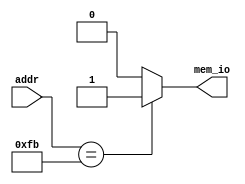
`timescale 1ps/1ps

module adec
(
  input  wire [7:0] addr,
  output reg        mem_io
);

  always @(*) begin
    if (addr == 8'hfb) begin
      mem_io = 1'b1;
    end else begin
      mem_io = 1'b0;
    end
  end

endmodule